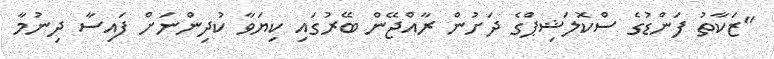
"ޒަކާތު ފަންޑުގެ ސްކޮލަޝިޕްގެ ދަށުން ރާއްޖޭން ބޭރުގައި ކިޔަވާ ކުދިންނަށް ފައިސާ ދިނުމާ